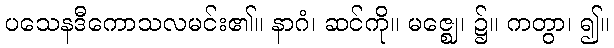
ပသေနဒီကောသလမင်း၏။ နာဂံ၊ ဆင်ကို။ မဇ္ဈေ၊ ၌။ ကတွာ၊ ၍။